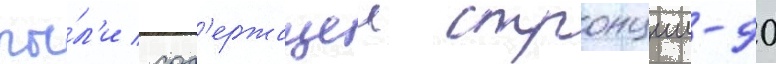
пы́л'и / сод'ержащеи стронции-90